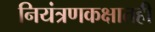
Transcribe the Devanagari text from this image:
नियंत्रणकक्षातही